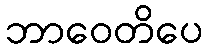
ဘာဝေတိပေ